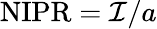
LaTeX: \mathrm{{NIPR}}=\mathcal{I}/a